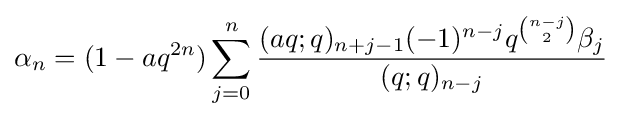
\alpha _{n}=(1-aq^{2n})\sum _{j=0}^{n}{\frac {(aq;q)_{n+j-1}(-1)^{n-j}q^{n-j \choose 2}\beta _{j}}{(q;q)_{n-j}}}